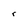
Character: r